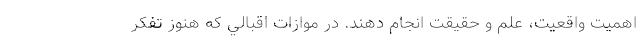
اهمیت واقعیت، علم و حقیقت انجام دهند. در موازات اقبالي كه هنوز تفكر